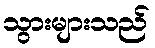
သွားများသည်